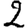
Digit: 2